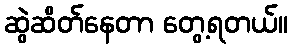
ဆွဲဆိတ်နေတာ တွေ့ရတယ်။